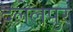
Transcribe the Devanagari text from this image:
दलेलपुर